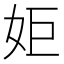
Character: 姖